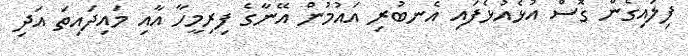
ފިލައިގެން ގޮސް އުޅެއުޅެފައި އެނބުރި އައުމުން އޭނާގެ ފިރިމީހާ އާއި މައިދައިތަ އަދި